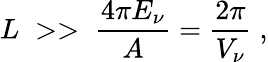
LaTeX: L\; >>\; \frac{4\pi E_{\nu}}{A}=\frac{2\pi}{V_{\nu}}\; ,